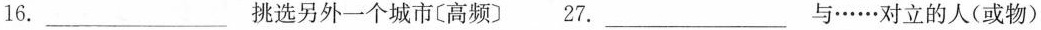
16.___挑选另外一个城市〔高频〕 27.___与……对立的人(或物)